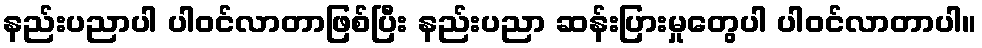
နည်းပညာပါ ပါဝင်လာတာဖြစ်ပြီး နည်းပညာ ဆန်းပြားမှုတွေပါ ပါဝင်လာတာပါ။